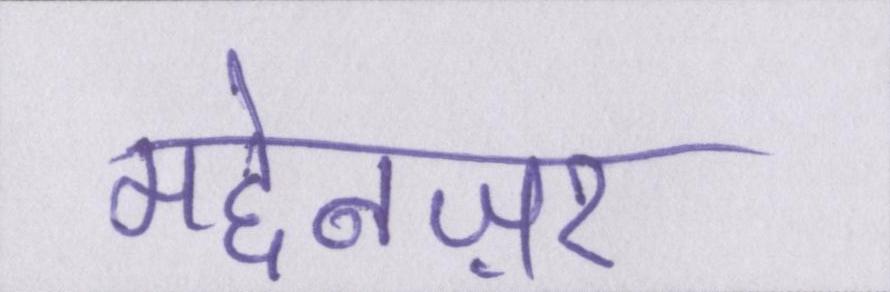
मद्देनज़र